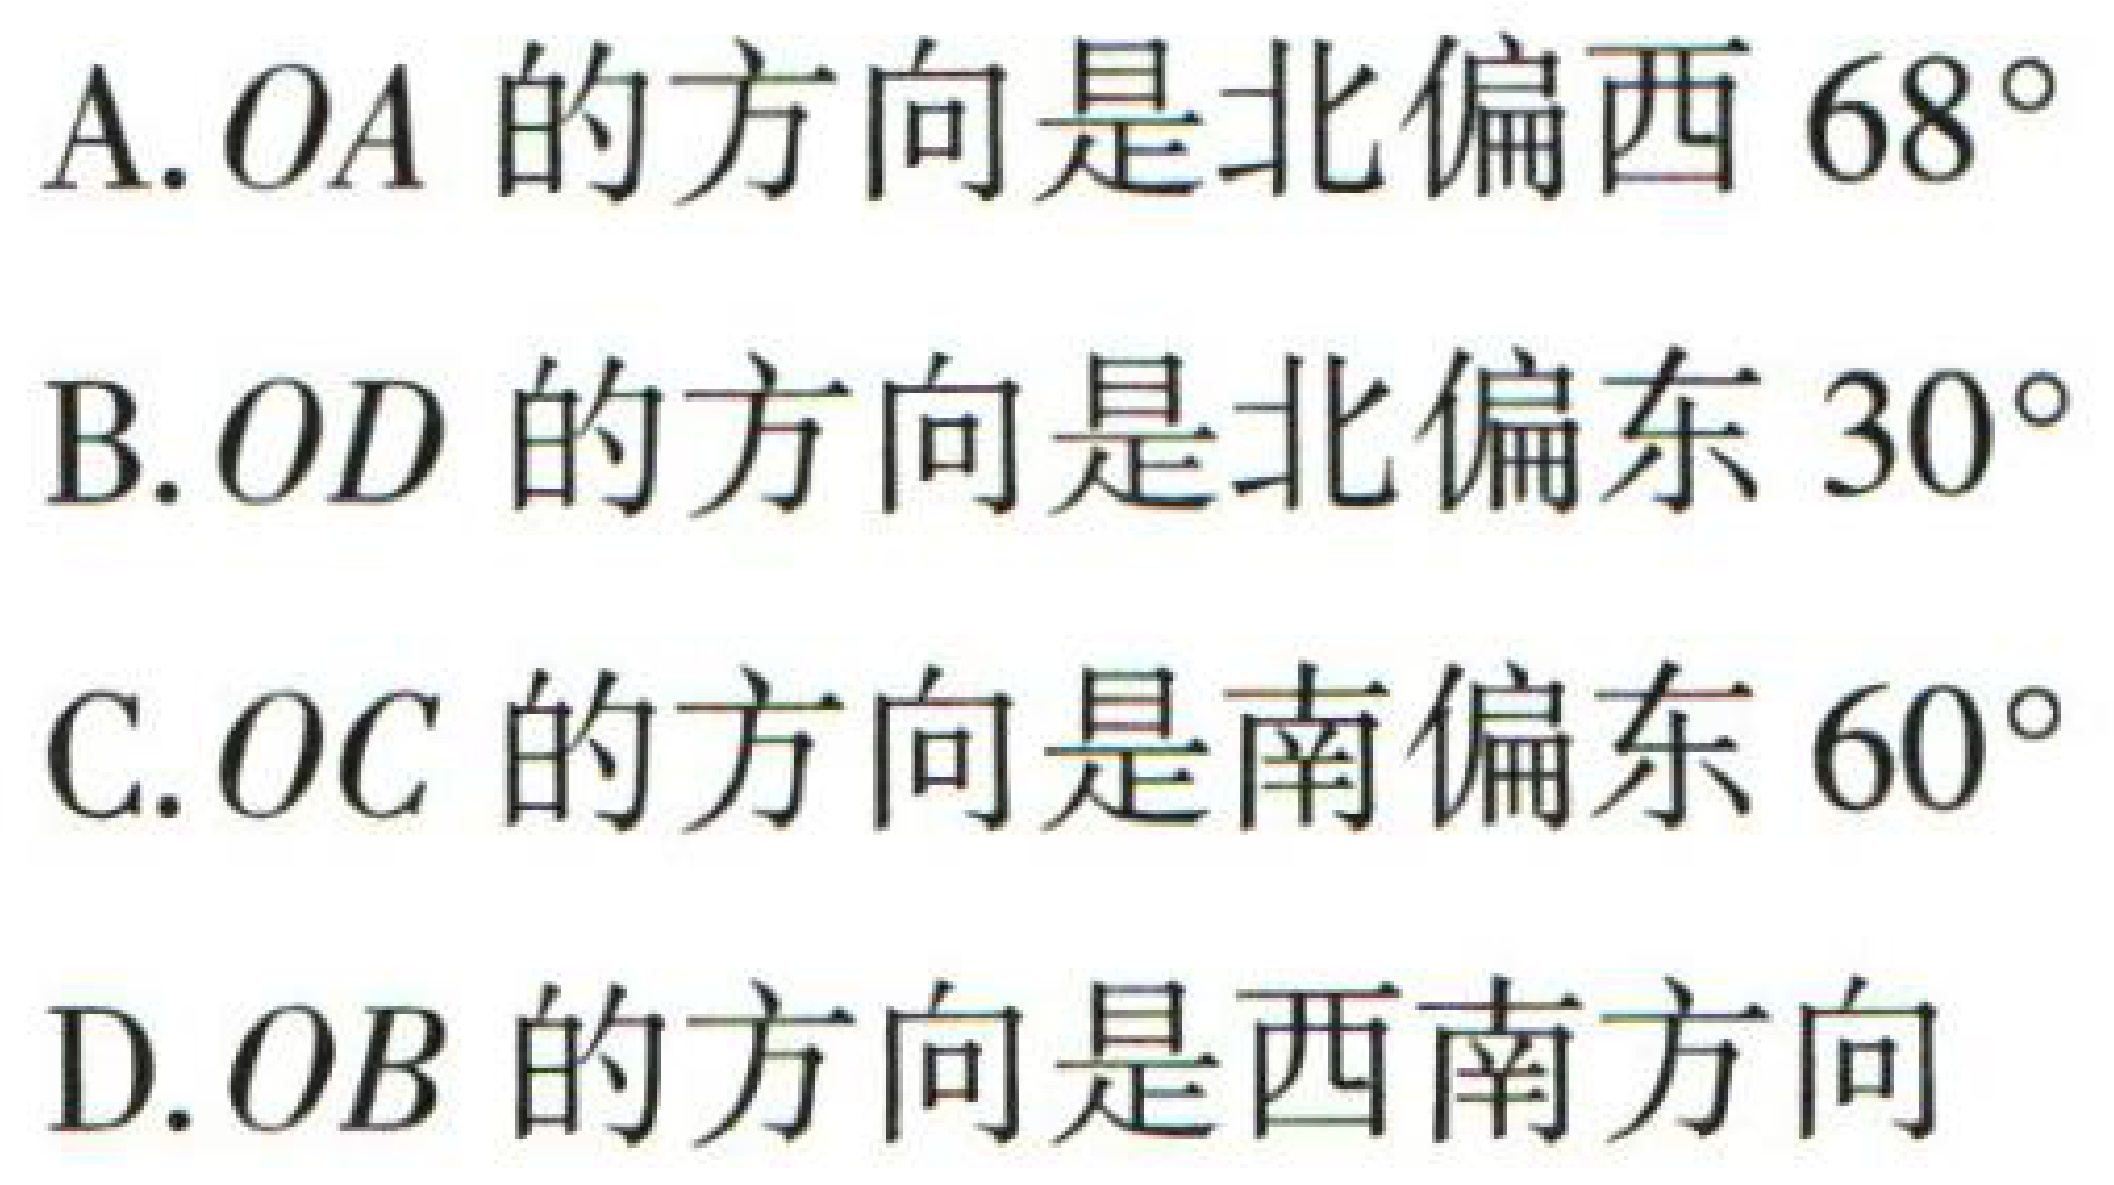
A. \(OA\)的方向是北偏西\(68^{\circ}\)

B. \(OD\)的方向是北偏东\(30^{\circ}\)

C. \(OC\)的方向是南偏东\(60^{\circ}\)

D. \(OB\)的方向是西南方向